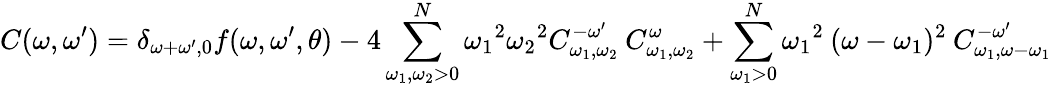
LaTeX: C(\omega,\omega^{\prime})=\delta_{{\omega+\omega^{\prime}},0}f(\omega,\omega^{\prime},\theta)-4\sum_{\omega_{1},\omega_{2}>0}^{N}{\omega_{1}}^{2}{\omega_{2}}^{2}C_{\omega_{1},\omega_{2}}^{-\omega^{\prime}}\: C_{\omega_{1},\omega_{2}}^{\omega}+\sum_{\omega_{1}>0}^{N}{\omega_{1}}^{2}\: (\omega-\omega_{1})^{2}\: C_{\omega_{1},\omega-\omega_{1}}^{-\omega^{\prime}}